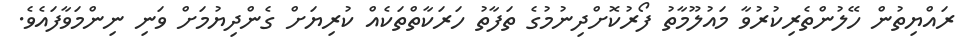
ރައްޔިތުން ހޭލުންތެރިކުރުވާ މައުލޫމާތު ފޯރުކޮށްދިނުމުގެ ތަފާތު ހަރަކާތްތަކެއް ކުރިޔަށް ގެންދިޔުމަށް ވަނި ނިންމަވާފައެވެ.